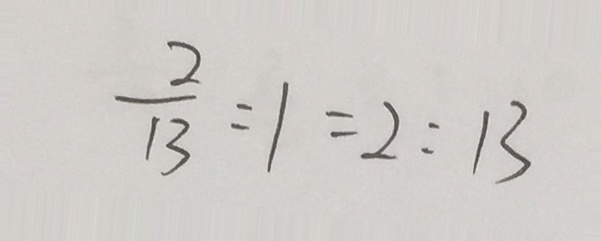
\frac { 2 } { 1 3 } : 1 = 2 : 1 3